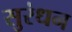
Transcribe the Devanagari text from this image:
सुरंधन